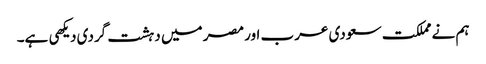
ہم نے مملکت سعودی عرب اور مصر میں دہشت گردی دیکهی ہے۔